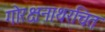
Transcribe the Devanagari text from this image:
गोरक्षनाथरचित